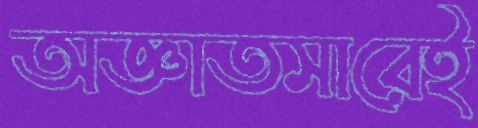
অজ্ঞাতসারেই